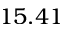
1 5 . 4 1